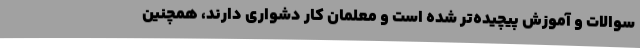
سوالات و آموزش پیچیده‌تر شده است و معلمان کار دشواری دارند، همچنین